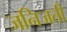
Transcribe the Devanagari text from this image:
जनिजती